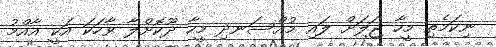
ނިކަމެތި މީހާ ޖަލަށް ލައި މުއްސަނދި މީހާ ދޫކޮށްލާ ވާހަކަ އަކީ އާއްމު